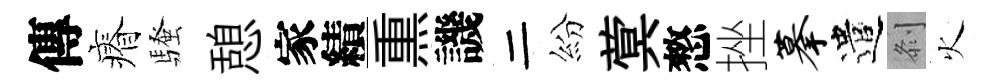
傳瘠騷憩家績𤋱譏二紛蓂憗挫摹遣𠛴火